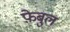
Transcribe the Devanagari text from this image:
फ़ेबुल